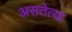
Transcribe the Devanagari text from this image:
असतेत्या